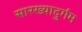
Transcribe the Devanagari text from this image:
सारख्यादुर्गम